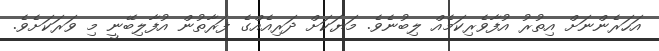
އަހަރެންނަށް އިތުރު އުފާވެރިކަމެއް ލިބުނެވެ. މަޔަކަށް ދަރިއެއްގެ ފަރާތުން އުފާލިބޭނީ މި ވަރަކަށެވެ.